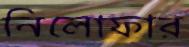
নিলোফার